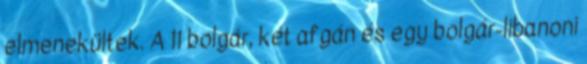
elmenekültek. A 11 bolgár, két afgán és egy bolgár-libanoni